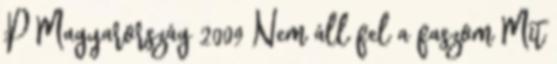
;P Magyarország 2009 Nem áll fel a faszom Mit